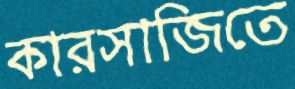
কারসাজিতে